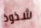
شذوذ